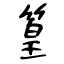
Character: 篁